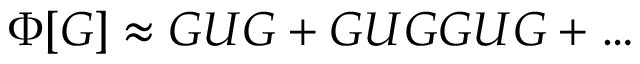
\Phi [ G ] \approx G U G + G U G G U G + \ldots